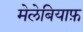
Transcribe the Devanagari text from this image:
मेलेबियाफ़